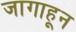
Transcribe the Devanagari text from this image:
जागाहून